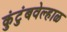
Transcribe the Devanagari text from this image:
कुंटुंबवेल्हाळ